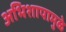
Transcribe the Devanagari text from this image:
अभिशापामुळे